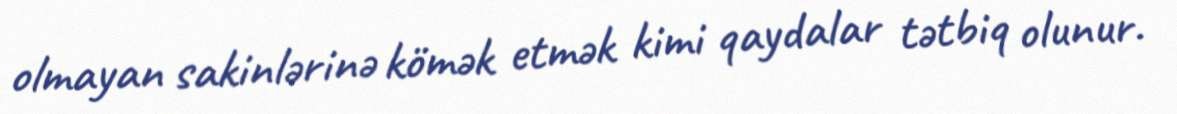
olmayan sakinlərinə kömək etmək kimi qaydalar tətbiq olunur.